Report on the lunatic asylums under the Government of Bombay - 1904-1913
Year: 1904
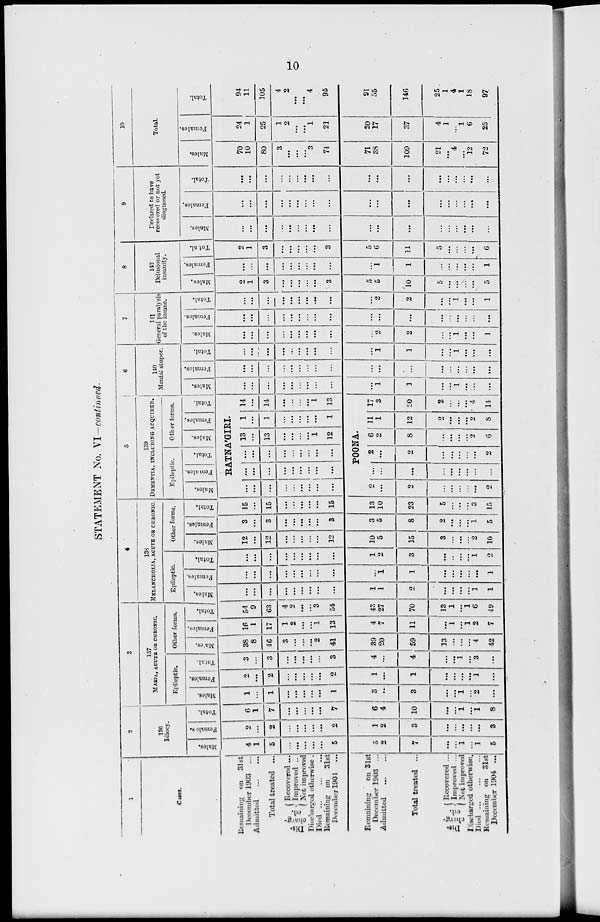
10
STATEMENT No. VI––continued.
1
Cases.
Remaining on 31st
December 1903 ...
Admitted
...
...
Total treated ...
Dis-
charg-
ed.
Recovered ...
Improved ...
Not improved
Discharged otherwise .
Died
...
...
...
Remaining on 31st
December 1904 ...
Remaining
on 31st
December 1903 ...
Admitted
...
...
Total treated ...
Dis-
charg-
ed.
Recovered ...
Improved ...
Not improved
Discharged otherwise.
Died ...
...
...
Remaining on 31st
December 1904 ...
2
136
Idiocy.
Males.
4
1
5
...
. ..
. ..
...
...
5
5
2
7
...
...
1
...
1
5
Females.
2
2
...
...
...
...
...
2
1
2
3
. ..
...
. ..
...
. ..
3
Total.
6
1
7
...
...
...
...
...
7
6
4
10
...
...
1
...
1
8
3
137
MANIA, ACUTE OR CHRONIC.
Epileptic
Males.
1
...
1
. ..
. ..
. ..
...
. ..
...
3
...
3
...
. ..
1
...
2
...
Females.
2
...
2
...
...
...
...
...
2
1
. ..
1
...
...
...
...
1
...
Total.
3
...
3
. ..
. ..
. ..
. ..
...
3
4
...
4
...
...
1
...
3
...
Other forms.
Males.
38
8
46
3
...
...
...
2
41
39
20
59
13
...
...
...
4
42
Females.
16
1
17
1
2
. ..
. ..
1
13
4
7
11
. ..
1
...
1
2
7
Total.
54
9
63
4
2
...
...
3
54
43
27
70
13
1
. ..
1
6
49
4
138
MELANCHOLIA, ACUTE OR CHRONIC.
Epileptic.
Males.
...
...
...
. ..
...
...
...
. ..
. ..
1
1
2
. ..
...
. . .
. ..
1
1
Females.
. ..
...
...
. . .
. ..
. ..
...
...
...
...
1
1
...
...
...
...
...
1
Total.
...
. ..
...
...
. ..
...
. ..
. ..
...
1
2
3
...
..
...
...
1
2
Other forms.
Males.
12
. ..
12
...
...
...
...
...
12
10
5
15
3
...
...
...
2
10
Females.
3
. . .
3
...
...
...
...
...
3
3
5
8
2
...
...
...
1
5
Total.
15
...
15
...
...
...
. . .
...
15
13
10
23
5
...
...
...
3
15
5
139
DEMENTIA, INCLUDING ACQUIRED.
Epileptic.
Males.
Females.
Total.
Other forms.
Males.
Females.
Total.
RATNA'GIRI
. . .
...
...
...
...
. ..
...
. ..
...
...
...
...
...
...
...
...
...
...
...
...
...
...
...
...
...
...
...
13
...
13
...
. ..
...
. . .
1
12
1
...
1
...
...
...
. ..
. ..
1
14
. ..
14
...
...
...
. ..
1
13
POONA.
2
. ..
2
...
...
...
...
...
2
...
...
...
...
...
...
...
...
...
2
...
2
. ..
. ..
...
...
. ..
2
6
2
8
...
...
...
2
6
11
1
12
2
...
...
. ..
2
8
17
3
20
2
...
...
. ..
4
14
6
140
Mental stupor.
Males.
...
. . .
...
. ..
. ..
...
...
...
...
. ..
1
1
...
...
1
...
...
. ..
Females.
...
...
...
...
. ..
...
...
...
...
...
. ..
...
...
...
...
...
...
...
Total.
...
...
...
...
...
. ..
...
. ..
...
. . .
1
1
...
...
1
. ..
. ..
...
7
141
General paralysis
of the insane.
Males.
...
...
...
...
. . .
...
. . .
. ..
...
...
2
2
...
...
1
...
...
1
Females.
.. .
...
...
...
...
...
...
...
...
...
...
...
...
...
...
...
...
...
Total.
...
...
...
...
...
...
...
...
...
...
2
2
...
...
1
...
...
1
8
142
Delusional
insanity.
Males.
...
1
3
...
...
...
...
...
3
5
5
10
5
...
...
...
...
5
Females.
...
...
...
. ..
...
...
...
...
...
...
...
1
...
...
...
...
...
1
Total.
2
1
3
...
...
...
...
...
3
5
6
11
5
...
...
...
...
6
9
Declared to have
recovered or not yet
diagnosed.
Males.
...
...
...
...
...
...
...
...
...
...
. ..
...
...
...
...
...
...
...
Females.
...
...
...
...
...
...
...
...
...
...
...
...
...
...
...
...
...
...
Total.
...
. ..
...
...
...
...
...
...
...
...
...
...
...
...
...
...
...
...
10
Total.
Males.
70
10
80
3
...
...
...
3
74
71
38
109
21
...
4
...
12
72
Females.
24
1
25
1
2
...
...
1
21
20
17
37
4
1
...
1
6
25
Total.
94
11
105
4
2
...
...
4
95
91
55
146
25
1
4
1
18
97